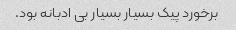
برخورد پیک بسیار بسیار بی ادبانه بود.